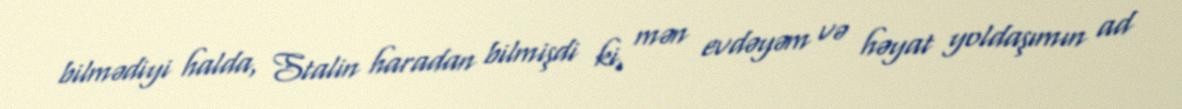
bilmədiyi halda, Stalin haradan bilmişdi ki, mən evdəyəm və həyat yoldaşımın ad